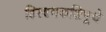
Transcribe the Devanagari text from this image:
हिरण्यकशिपूचे